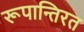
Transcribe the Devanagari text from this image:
रूपान्तिरत